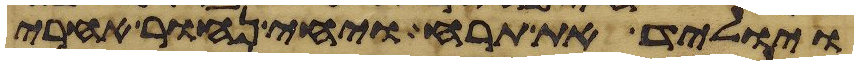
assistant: ויוליד את תרח ויחי נחור אחרי